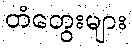
တံတွေးများ